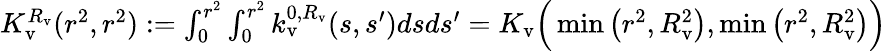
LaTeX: \begin{array}{r}{K_{\mathrm{v}}^{R_{\mathrm{v}}}(r^{2},r^{2}):=\int_{0}^{r^{2}}\int_{0}^{r^{2}}k_{\mathrm{v}}^{0,R_{\mathrm{v}}}(s,s^{\prime})dsds^{\prime}=K_{\mathrm{v}}\Big(\operatorname*{min}\big(r^{2},R_{\mathrm{v}}^{2}\big),\operatorname*{min}\big(r^{2},R_{\mathrm{v}}^{2}\big)\Big)}\end{array}